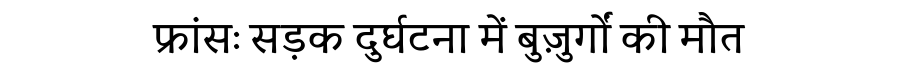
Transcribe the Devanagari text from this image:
फ्रांसः सड़क दुर्घटना में बुज़ुर्गों की मौत